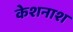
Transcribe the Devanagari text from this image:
केशनाश